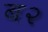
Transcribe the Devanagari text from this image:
ब२